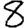
Digit: 8